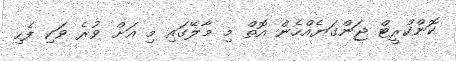
ކޮންކްރީޓް ޖަންގަޔެއްހެން އޮތް މި މާލޭގައި މި އަށް ވުރެ ވަކި ފެހި